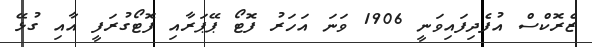
ޒެރޮކްސް އުފެދިފައިވަނީ 1906 ވަނަ އަހަރު ފޮޓޯ ޕޭޕަރާއި ފޮޓޯގުރަފީ އާއި ގުޅޭ